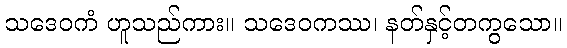
သဒေဝကံ ဟူသည်ကား။ သဒေဝကဿ၊ နတ်နှင့်တကွသော။